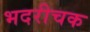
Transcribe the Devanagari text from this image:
भदरीचक